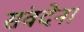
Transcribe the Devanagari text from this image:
संवदेना